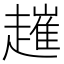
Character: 𧽠